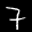
Label: 7